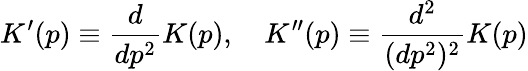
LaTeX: K^{\prime}(p)\equiv\frac{d}{dp^{2}}K(p),\quad K^{\prime\prime}(p)\equiv\frac{d^{2}}{(dp^{2})^{2}}K(p)